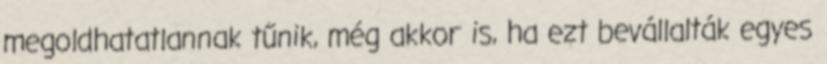
megoldhatatlannak tűnik, még akkor is, ha ezt bevállalták egyes